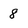
Character: 8